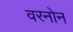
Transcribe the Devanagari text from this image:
वरनोन